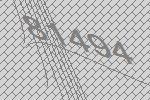
81494